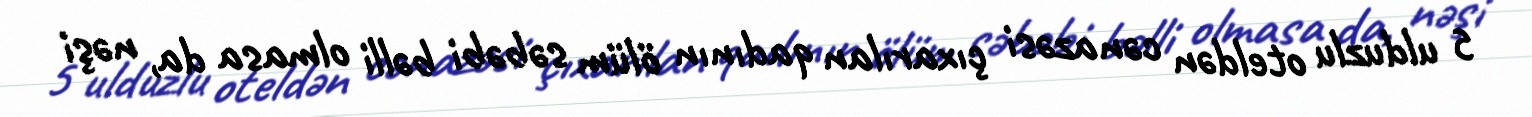
5 ulduzlu oteldən cənazəsi çıxarılan qadının ölüm səbəbi bəlli olmasa da, nəşi